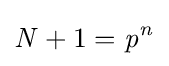
{\mathit {N}}+1={\mathit {p^{n}}}